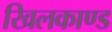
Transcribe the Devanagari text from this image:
खिलकाण्ड